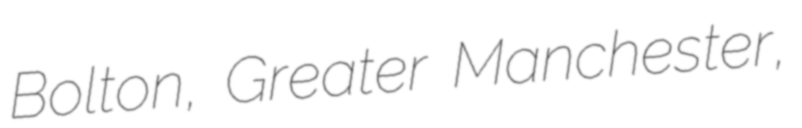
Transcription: Bolton, Greater Manchester,